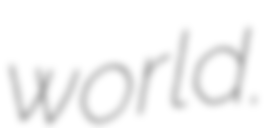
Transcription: world.